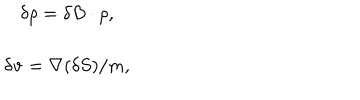
LaTeX: \begin{array} { c } { { \delta \rho = \delta B \cdot \rho , } } \\ { { \delta { \bf v } = { \bf \nabla } ( \delta S ) / m , } } \\ \end{array}